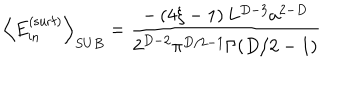
LaTeX: \left\langle E _ { \mathrm { i n } } ^ { \mathrm { ( s u r f ) } } \right\rangle _ { S U B } = \frac { - \left( 4 \xi - 1 \right) L ^ { D - 3 } a ^ { 2 - D } } { 2 ^ { D - 2 } \pi ^ { D / 2 - 1 } \Gamma ( D / 2 - 1 ) }